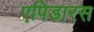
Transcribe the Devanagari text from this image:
एपिडारस